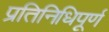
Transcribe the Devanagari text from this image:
प्रतिनिधिपूर्ण